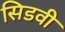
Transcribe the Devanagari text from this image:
सिडवी